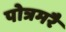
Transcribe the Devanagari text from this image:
पोत्रमरै